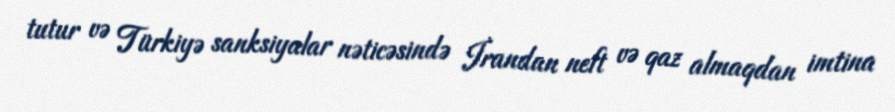
tutur və Türkiyə sanksiyalar nəticəsində İrandan neft və qaz almaqdan imtina